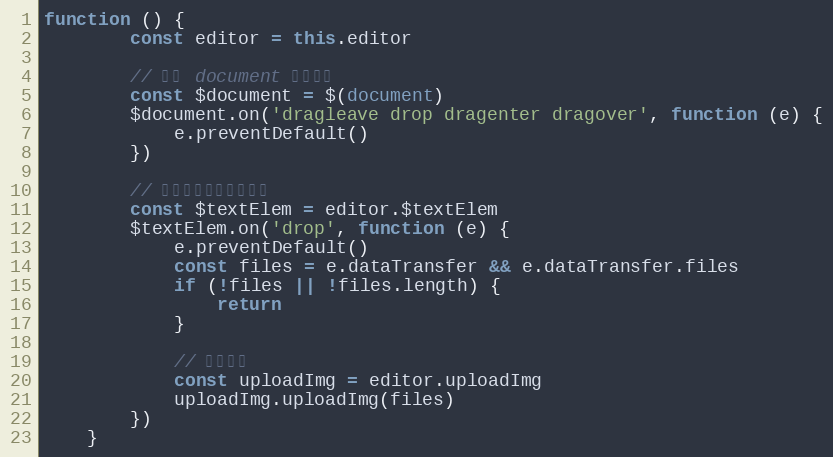
Language: JavaScript
function () {
        const editor = this.editor

        // 禁用 document 拖拽事件
        const $document = $(document)
        $document.on('dragleave drop dragenter dragover', function (e) {
            e.preventDefault()
        })

        // 添加编辑区域拖拽事件
        const $textElem = editor.$textElem
        $textElem.on('drop', function (e) {
            e.preventDefault()
            const files = e.dataTransfer && e.dataTransfer.files
            if (!files || !files.length) {
                return
            }

            // 上传图片
            const uploadImg = editor.uploadImg
            uploadImg.uploadImg(files)
        })
    }